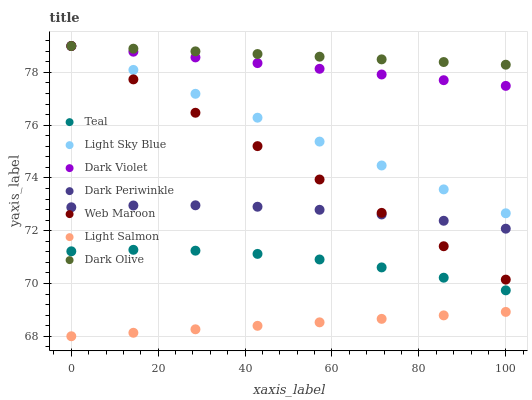
| xaxis_label | Teal | Light Sky Blue | Dark Violet | Dark Periwinkle | Web Maroon | Light Salmon | Dark Olive |
 | --- | --- | --- | --- | --- | --- | --- | --- |
 | 0 | 71.2 | 79 | 79 | 72.9 | 79 | 68 | 79 |
 | 14.3 | 71.3 | 78.1 | 78.8 | 73 | 77.7 | 68.1 | 78.9 |
 | 28.6 | 71.2 | 77.2 | 78.6 | 73 | 76.5 | 68.3 | 78.8 |
 | 42.9 | 71.1 | 76.3 | 78.4 | 72.9 | 75.2 | 68.4 | 78.7 |
 | 57.1 | 70.9 | 75.4 | 78.1 | 72.8 | 73.9 | 68.5 | 78.6 |
 | 71.4 | 70.6 | 74.5 | 77.9 | 72.6 | 72.7 | 68.7 | 78.5 |
 | 85.7 | 70.2 | 73.6 | 77.7 | 72.4 | 71.4 | 68.8 | 78.4 |
 | 100 | 69.7 | 72.7 | 77.5 | 72.1 | 70.1 | 68.9 | 78.3 |